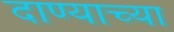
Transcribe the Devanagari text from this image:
दाण्याच्या